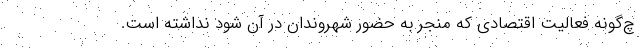
چ‌گونه فعالیت اقتصادی که منجر به حضور شهروندان در آن شود نداشته است.